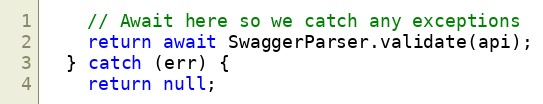
Language: JavaScript
    // Await here so we catch any exceptions
    return await SwaggerParser.validate(api);
  } catch (err) {
    return null;